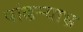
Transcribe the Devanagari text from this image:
पांढऱ्र्‍याभ्र